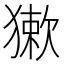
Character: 𤡃